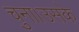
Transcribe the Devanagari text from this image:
चुना।उसके